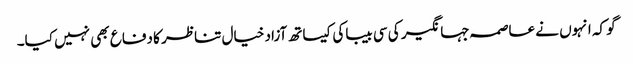
گو کہ انہوں نے عاصمہ جہانگیر کی سی بیباکی کیساتھ آزاد خیال تناظر کا دفاع بھی نہیں کیا۔